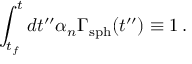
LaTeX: \int _ { t _ { f } } ^ { t } d t ^ { \prime \prime } \alpha _ { n } \Gamma _ { \mathrm { s p h } } ( t ^ { \prime \prime } ) \equiv 1 \, .